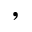
,